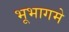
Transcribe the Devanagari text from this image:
भूभागमे